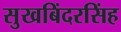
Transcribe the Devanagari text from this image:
सुखबिंदरसिंह